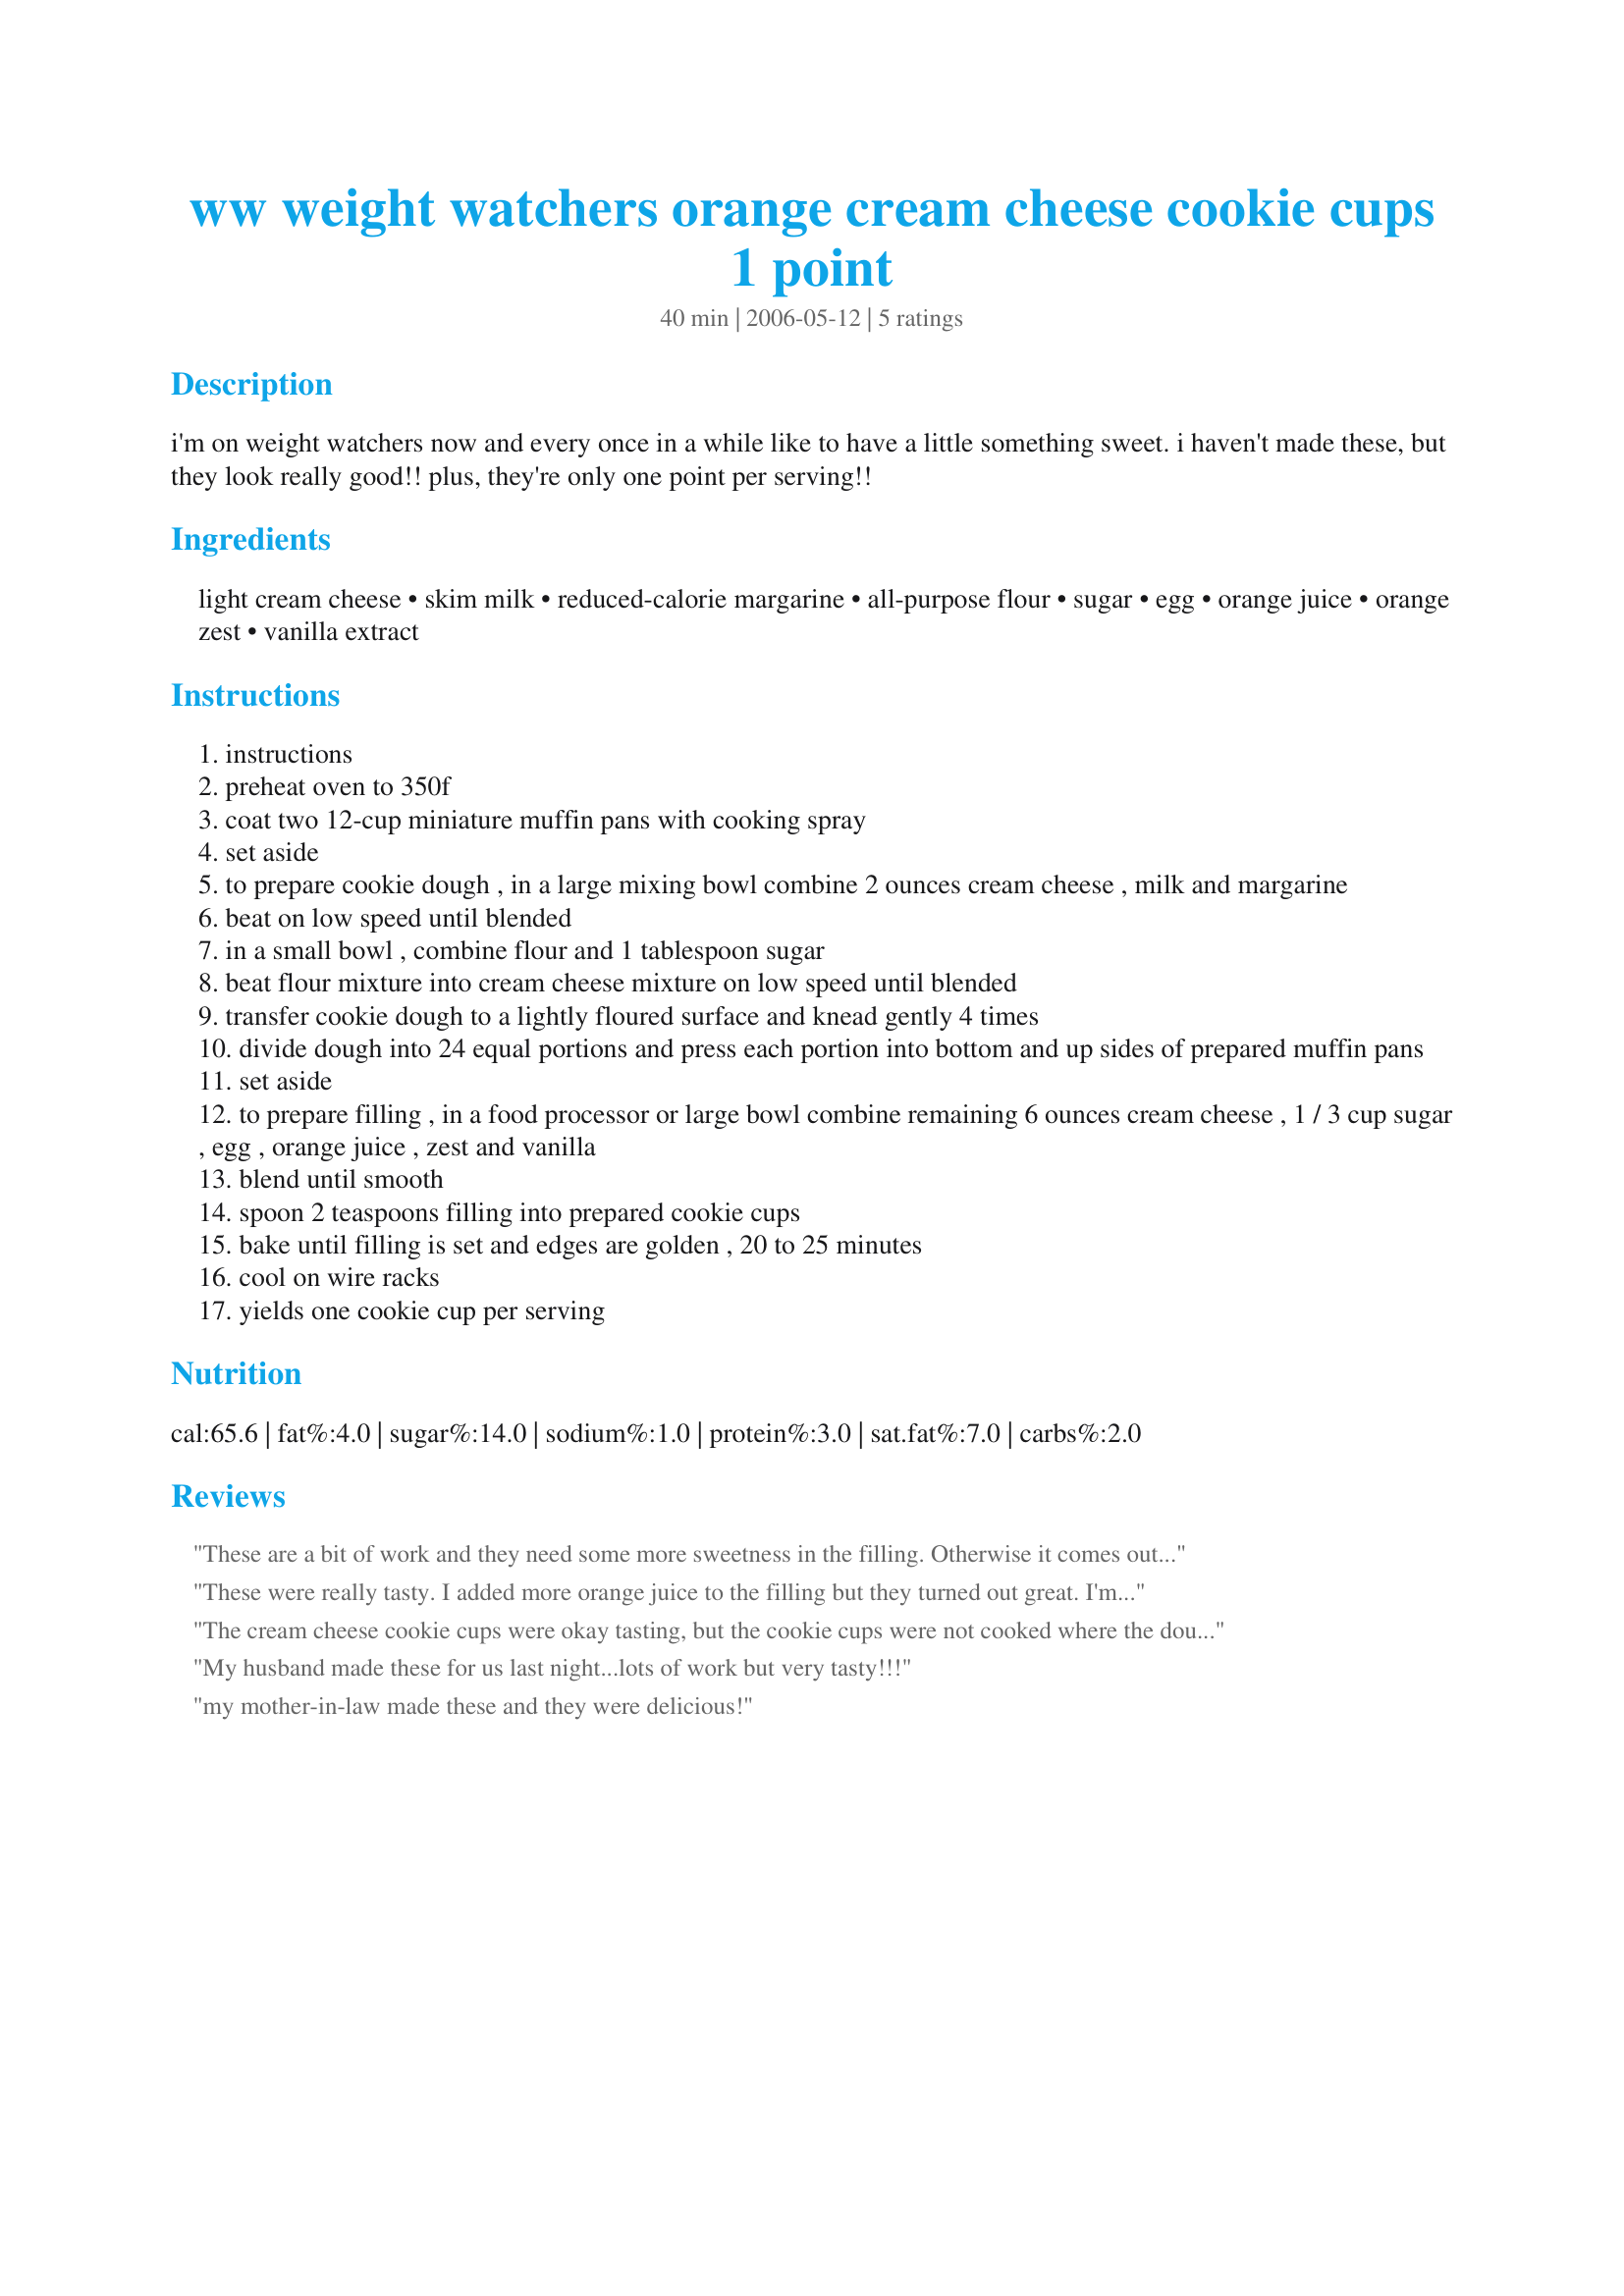
ww weight watchers orange cream cheese cookie cups 1 point
Preparation time: 40 minutes

i'm on weight watchers now and every once in a while like to have a little something sweet. i haven't made these, but they look really good!! plus, they're only one point per serving!!

Ingredients:
light cream cheese, skim milk, reduced-calorie margarine, all-purpose flour, sugar, egg, orange juice, orange zest, vanilla extract

Steps:
instructions
preheat oven to 350f
coat two 12-cup miniature muffin pans with cooking spray
set aside
to prepare cookie dough , in a large mixing bowl combine 2 ounces cream cheese , milk and margarine
beat on low speed until blended
in a small bowl , combine flour and 1 tablespoon sugar
beat flour mixture into cream cheese mixture on low speed until blended
transfer cookie dough to a lightly floured surface and knead gently 4 times
divide dough into 24 equal portions and press each portion into bottom and up sides of prepared muffin pans
set aside
to prepare filling , in a food processor or large bowl combine remaining 6 ounces cream cheese , 1 / 3 cup sugar , egg , orange juice , zest and vanilla
blend until smooth
spoon 2 teaspoons filling into prepared cookie cups
bake until filling is set and edges are golden , 20 to 25 minutes
cool on wire racks
yields one cookie cup per serving

Reviews:
These are a bit of work and they need some more sweetness in the filling. Otherwise it comes out savory and would work as an appetizer I guess. Cute idea though and mine came out fine,<br/>just needed a bit more sweetness in the filling to be considered a dessert, in my opinion.
These were really tasty. I added more orange juice to the filling but they turned out great. I'm going to make these for Christmas. I think next time I'm going to bake them a little longer though cuz the cookie part on the bottom wasn't cooked as well as it should have been.
The cream cheese cookie cups were okay tasting, but the cookie cups were not cooked where the dough and creamcheese center meet.
My husband made these for us last night...lots of work but very tasty!!!
my mother-in-law made these and they were delicious!
